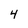
Character: 4